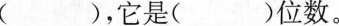
()，它是()位数。